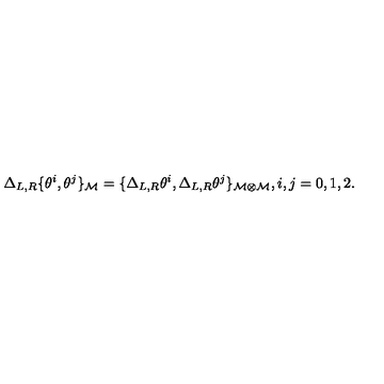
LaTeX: \Delta _ { L , R } \{ \theta ^ { i } , \theta ^ { j } \} _ { \cal M } = \{ \Delta _ { L , R } \theta ^ { i } , \Delta _ { L , R } \theta ^ { j } \} _ { { \cal M } \otimes { \cal M } } , i , j = 0 , 1 , 2 .